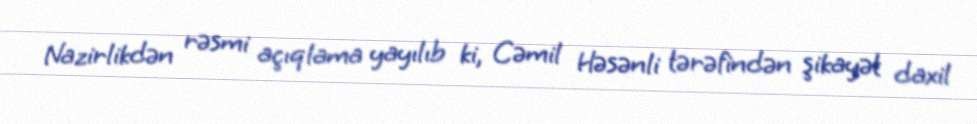
Nazirlikdən rəsmi açıqlama yayılıb ki, Cəmil Həsənli tərəfindən şikayət daxil